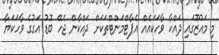
މި މައުޒޫގައި ދައްކާ ވާހަކައެއް އެޕާޓްމަންޓްތަކަށް ދައްކާން ޖެހޭ ބޮޑު އަގުގެ ވާހަކަޔާ